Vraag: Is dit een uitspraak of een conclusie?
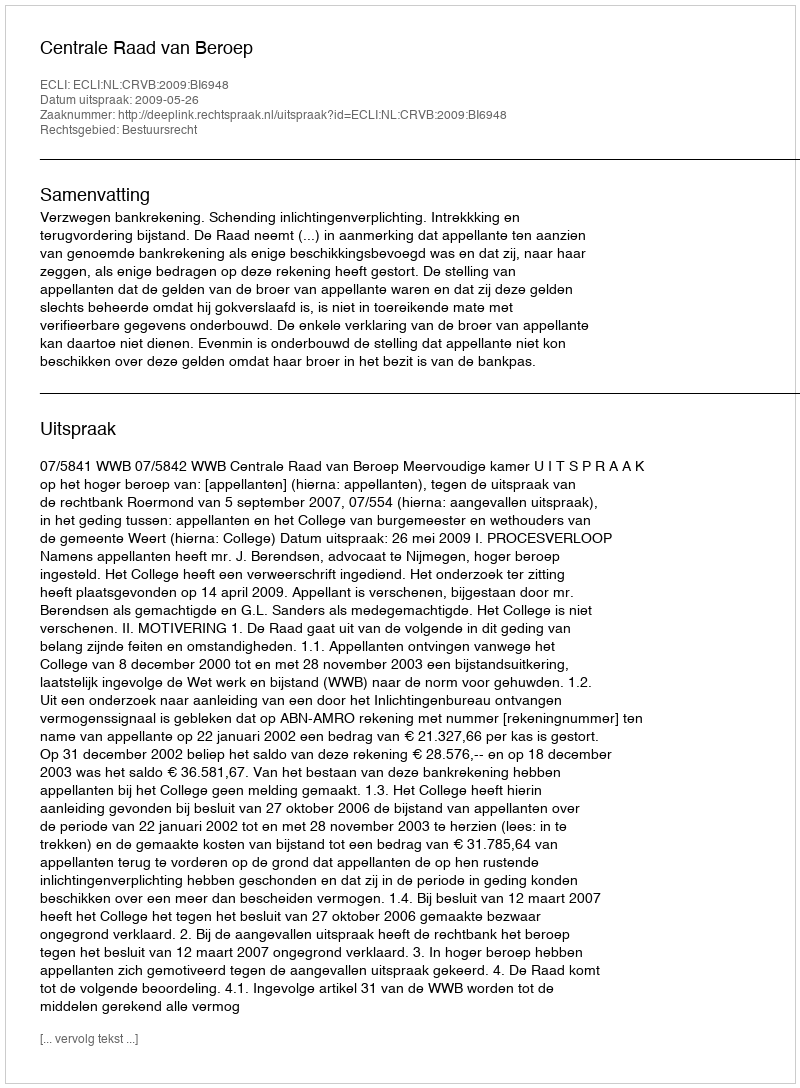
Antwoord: Uitspraak